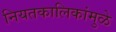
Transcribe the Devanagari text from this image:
नियतकालिकांमुळे